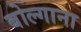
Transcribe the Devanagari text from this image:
बोल्गाना